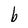
Character: b